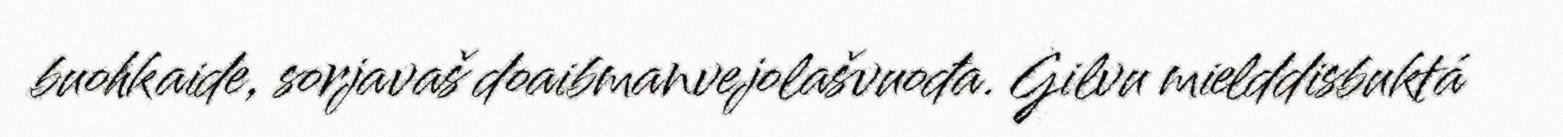
buohkaide, sorjavaš doaibmanvejolašvuođa. Gilvu mielddisbuktá